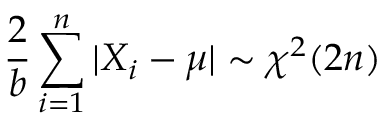
{ \frac { \displaystyle 2 } { b } } \sum _ { i = 1 } ^ { n } | X _ { i } - \mu | \sim \chi ^ { 2 } ( 2 n )